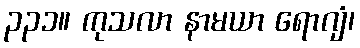
၃၃၁။ ကုသလာ နာမယာ ရောဂျံ၊